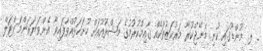
_ ލ. މުންޑޫގައި ކުނި މެނޭޖްކުރާ މަރުކަޒުތަކެއް ގާއިމްކުރުމުގެ މަޝްރޫއުއަށް ހުށަހަޅުއްވާފައިވާ އެންވަޔަރަންމަންޓަލް